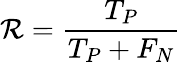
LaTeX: \mathcal{R}=\frac{{T_{P}}}{{T_{P}+F_{N}}}